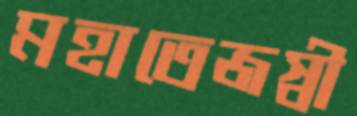
মহাতেজস্বী